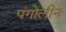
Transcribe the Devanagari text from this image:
पंगोलीन